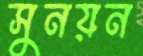
সুনয়ন